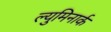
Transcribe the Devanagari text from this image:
ल्युमिनार्क